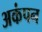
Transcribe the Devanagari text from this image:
अकंपन